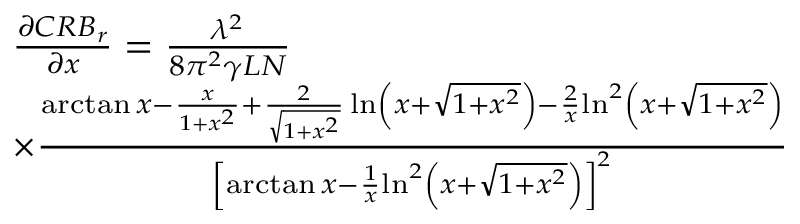
\begin{array} { r l } & { \frac { { \partial C R { B _ { r } } } } { { \partial x } } = \frac { { { \lambda ^ { 2 } } } } { { 8 { \pi ^ { 2 } } \gamma L N } } } \\ & { \times \frac { { \arctan x - \frac { x } { { 1 + { x ^ { 2 } } } } + \frac { 2 } { { \sqrt { 1 + { x ^ { 2 } } } } } \ln \left( { x + \sqrt { 1 + { x ^ { 2 } } } } \right) - \frac { 2 } { x } { { \ln } ^ { 2 } } \left( { x + \sqrt { 1 + { x ^ { 2 } } } } \right) } } { { { { \left[ { \arctan x - \frac { 1 } { x } { { \ln } ^ { 2 } } \left( { x + \sqrt { 1 + { x ^ { 2 } } } } \right) } \right] } ^ { 2 } } } } } \end{array}